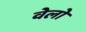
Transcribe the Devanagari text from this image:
वेलो